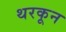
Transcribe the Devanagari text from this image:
थरकून